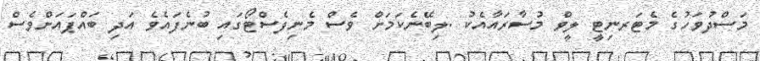
މަސްދުވަހުގެ މެޓަރނިޓީ ލީވް މުސާރައާއެކު .ލިބޭނެކަމަށް ވެސް މެނިފެސްޓޯގައި ބުނެފައެވެ އަދި ބައްޕައަށްވެސް